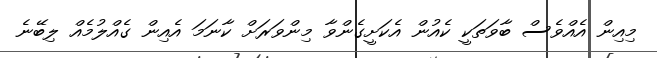
މިއިން އެއްވެސް ބާވަތަކީ ކެއުން އެކަށީގެންވާ މިންވަރަށް ކާނަމަ އެއިން ގެއްލުމެއް ލިބޭނެ